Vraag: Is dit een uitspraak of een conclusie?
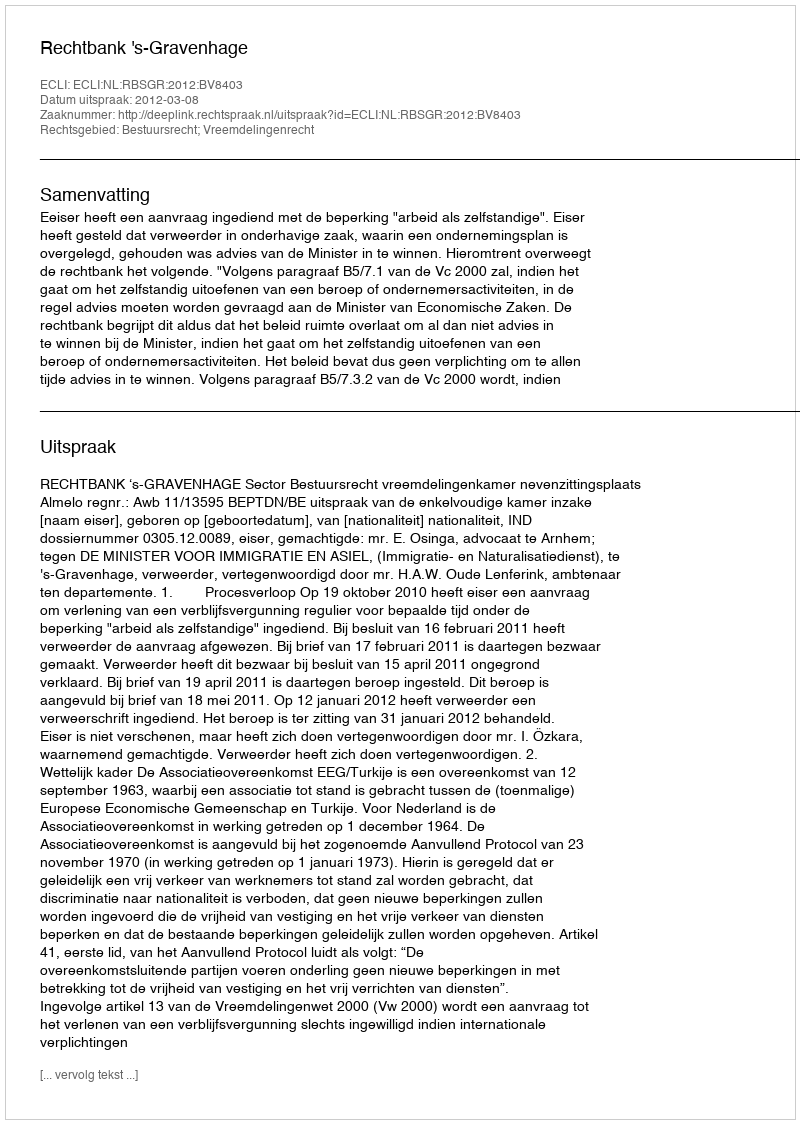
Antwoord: Uitspraak